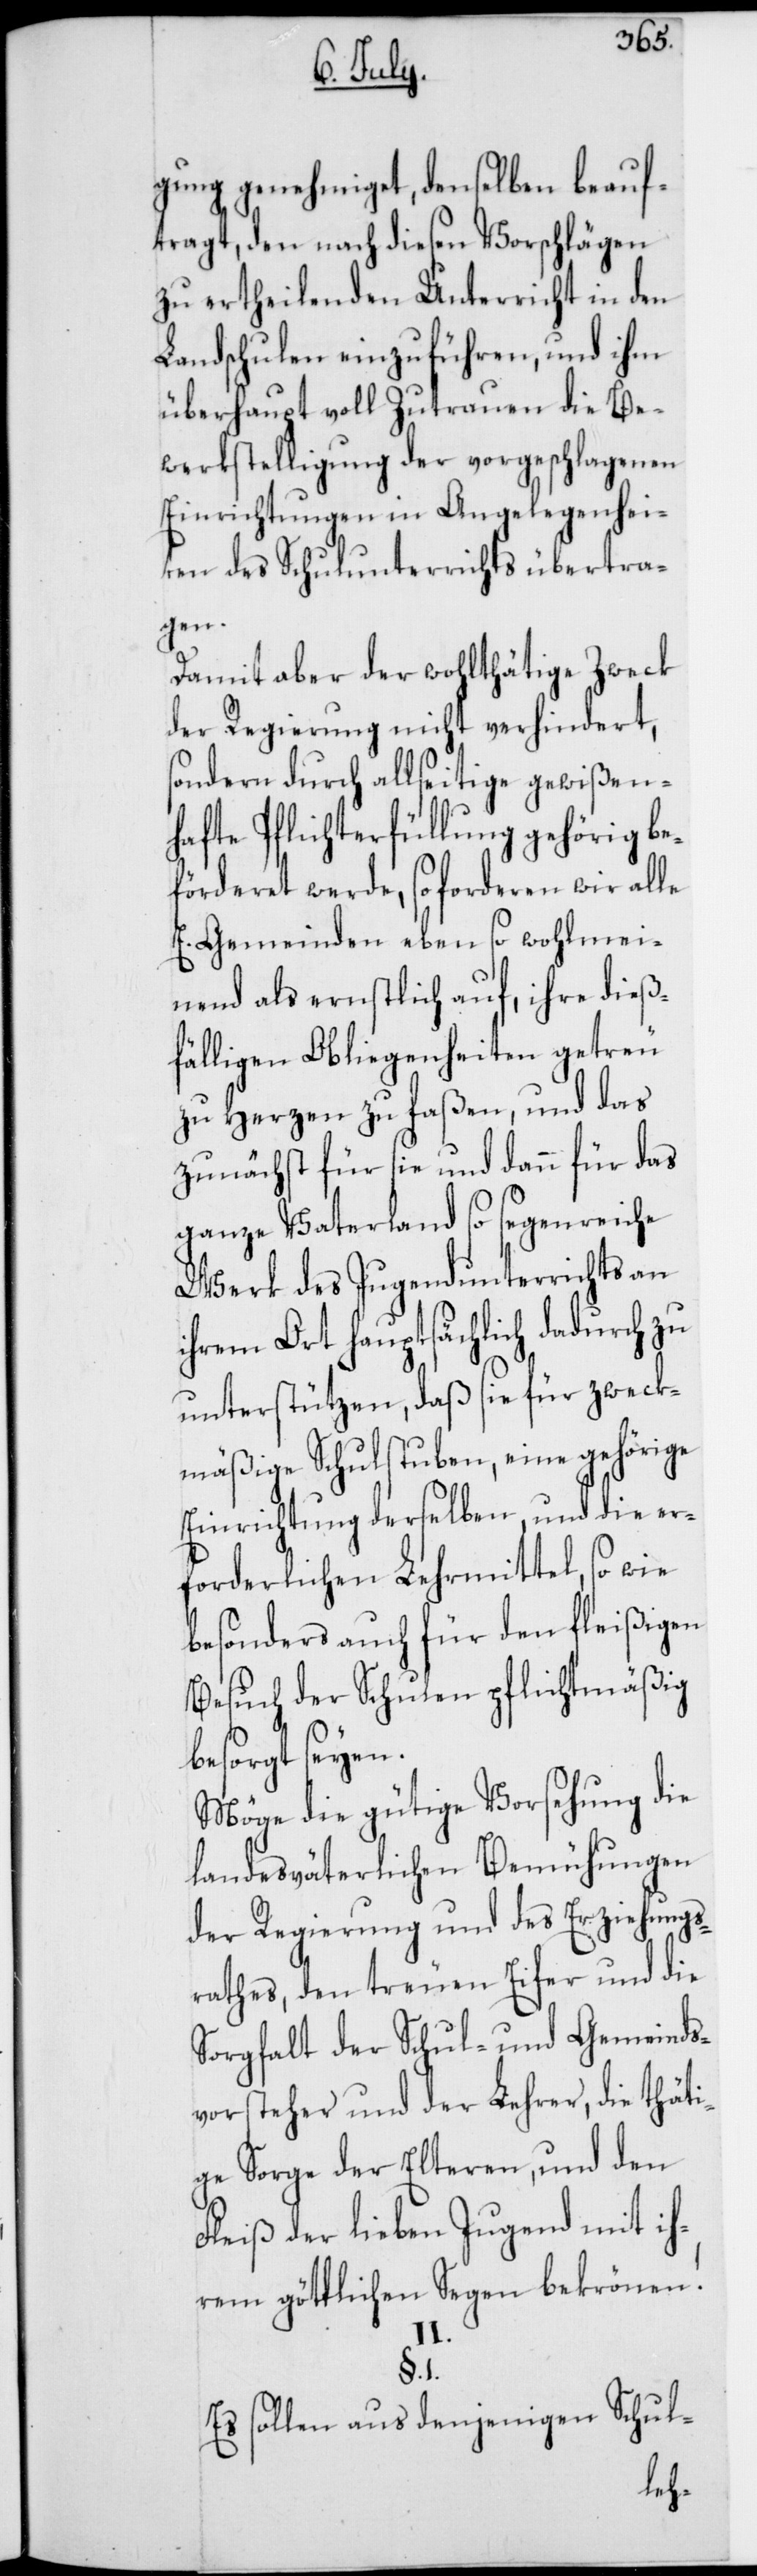
gung genehmiget, denselben beauf¬
tragt, den nach diesen Vorschlägen
zu ertheilenden Unterricht in den
Landschulen einzuführen, und ihm
überhaupt voll Zutrauen die Be¬
werkstelligung der vorgeschagenen
Einrichtungen in Angelegenhei¬
ten des Schulunterrichts übertra¬
gen.
Damit aber der wohlthätige Zweck
der Regierung nicht verhindert,
sondern durch allseitige gewißen¬
hafte Pflichterfüllung gehörig be¬
förderet werde, so forderen wir alle
E. Gemeinden eben so wohlmei¬
nend als ernstlich auf, ihre dieß¬
fälligen Obligenheiten getreu
zu Herzen zu faßen, und das
zunächst für sie und dann für das
ganze Vaterland so segenreiche
Werk des Jugendunterrichts an
ihrem Ort hauptsächlich dadurch zu
unterstützen, daß sie für zweck¬
mäßige Schulstuben , eine gehörige
Einrichtung derselben, und die er¬
forderlichen Lehrmittel, so wie
besonders auch für den fleißigen
Besuch der Schulen pflichtmäßig
besorgt seyen.
Möge die gütige Vorsehung die
landesväterlichen Bemühungen
der Regierung und des Erziehungs¬
rathes, den treuen Eifer und die
Sorgfalt der Schul- und Gemeinds¬
vorsteher und der Lehrer, die thäti¬
ge Sorge der Elteren, und den
Fleiß der lieben Jugend mit ih¬
rem göttlichen Segen bekrönen!
§. 1.
Es sollen aus denjenigen Schul-